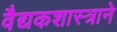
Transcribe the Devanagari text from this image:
वैद्यकशास्त्राने